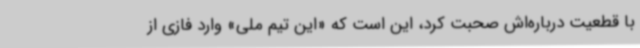
با قطعیت درباره‌اش صحبت کرد، این است که «این تیم ملی» وارد فازی از